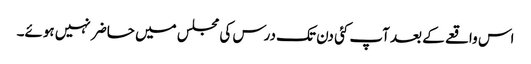
اس واقعے کے بعد آپ کئی دن تک درس کی مجلس میں حاضر نہیں ہوئے۔